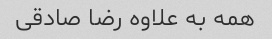
همه به علاوه رضا صادقی